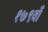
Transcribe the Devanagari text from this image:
१७९वाँ